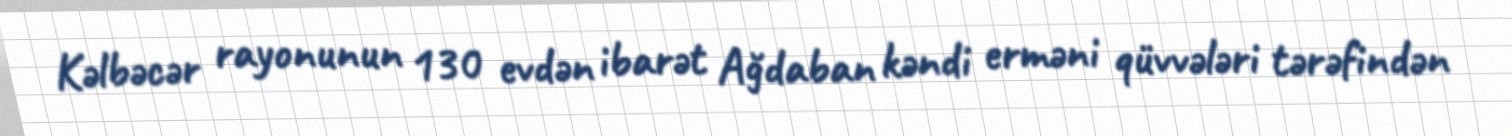
Kəlbəcər rayonunun 130 evdən ibarət Ağdaban kəndi erməni qüvvələri tərəfindən